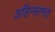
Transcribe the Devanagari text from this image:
अहिन्सत्मत